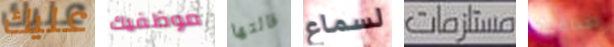
عليك موظفيك قالتها لسماع مستلزمات صداقتك